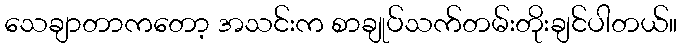
သေချာတာကတော့ အသင်းက စာချုပ်သက်တမ်းတိုးချင်ပါတယ်။